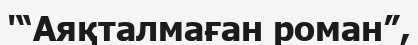
'“Аяқталмаған роман”,